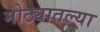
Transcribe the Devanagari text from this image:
मोठ्यातल्या